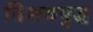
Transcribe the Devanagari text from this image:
विशवयुद्ध